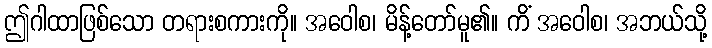
ဤဂါထာဖြစ်သော တရားစကားကို။ အဝေါစ၊ မိန့်တော်မူ၏။ ကိံ အဝေါစ၊ အဘယ်သို့